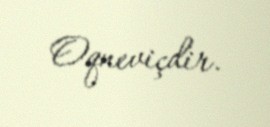
Oqneviçdir.